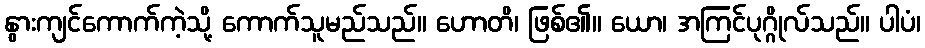
နွားကျင်ကောက်ကဲ့သို့ ကောက်သူမည်သည်။ ဟောတိ၊ ဖြစ်၏။ ယော၊ အကြင်ပုဂ္ဂိုလ်သည်။ ပါပံ၊